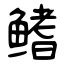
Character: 鳍